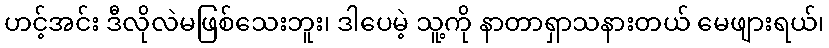
ဟင့်အင်း ဒီလိုလဲမဖြစ်သေးဘူး၊ ဒါပေမဲ့ သူ့ကို နာတာရှာသနားတယ် မေဖျားရယ်၊